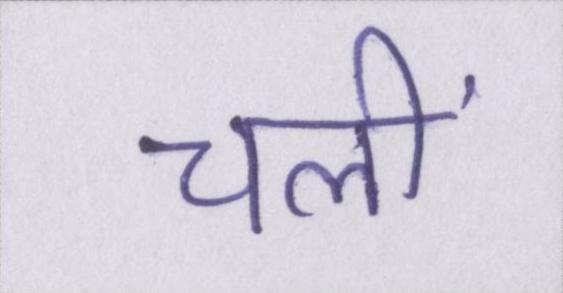
चलीं